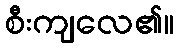
စီးကျလေ၏။